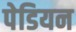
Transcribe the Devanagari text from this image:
पेडियन